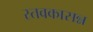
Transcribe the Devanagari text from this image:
स्तवकासन्न